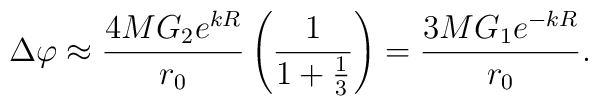
\Delta\varphi\approx\frac{4MG_{2}e^{kR}}{r_{0}}\left(\frac{1}{1+\frac{1}{3}}\right)=\frac{3MG_{1}e^{-kR}}{r_{0}}.